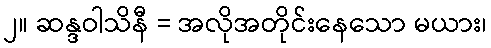
၂။ ဆန္ဒဝါသိနီ = အလိုအတိုင်းနေသော မယား၊